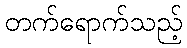
တက်ရောက်သည့်